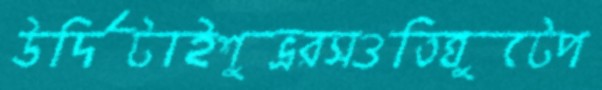
উর্দিটাইশুভ্ররসওতিঘুটেপ